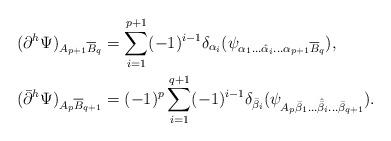
LaTeX: \begin{align*}(\partial^h\Psi)_{A_{p+1}\overline{B}_q} &= \sum_{i=1}^{p+1} (-1)^{i-1}\delta_{\alpha_i}(\psi_{\alpha_1\dots\hat{\alpha}_i\dots\alpha_{p+1}\overline{B}_q}),\\(\bar{\partial}^h\Psi)_{A_p\overline{B}_{q+1}} &= (-1)^p\sum_{i=1}^{q+1} (-1)^{i-1}\delta_{\bar{\beta}_i}(\psi_{A_p\bar{\beta}_1\dots\hat{\bar{\beta}}_i\dots\bar{\beta}_{q+1}}).\end{align*}